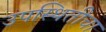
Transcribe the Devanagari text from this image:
उपस्थितीचा